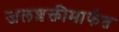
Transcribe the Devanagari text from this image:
जलशक्तीमार्फत